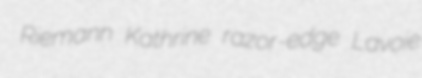
Riemann Kathrine razor-edge Lavoie